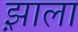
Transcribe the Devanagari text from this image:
झ़ाला